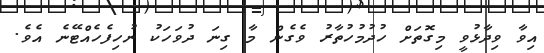
އިވާ ވިދާޅުވީ މިގޮތަށް ހުދުމުހުތާރު ވެގެން މާ ގިނަ ދުވަހަކު ނުހިފެހެއްޓޭނެ އެވެ.